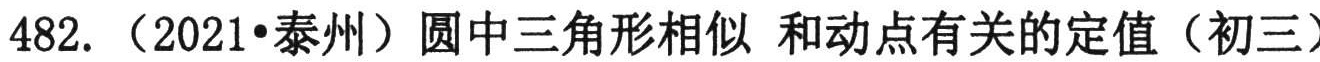
482. （2021•泰州）圆中三角形相似 和动点有关的定值（初三）